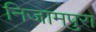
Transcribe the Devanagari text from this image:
निजामपुरा